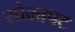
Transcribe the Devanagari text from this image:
सोळापट